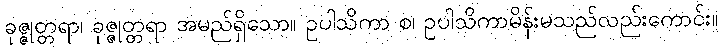
ခုဇ္ဇုတ္တရာ၊ ခုဇ္ဇုတ္တရာ အမည်ရှိသော။ ဥပါသိကာ စ၊ ဥပါသိကာမိန်းမသည်လည်းကောင်း။